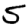
Digit: 5